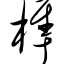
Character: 榫